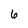
Character: 6